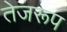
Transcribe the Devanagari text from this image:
तेजरूप